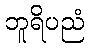
ဘူရိပညံ